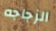
الزجاجه